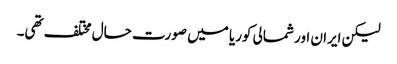
لیکن ایران اور شمالی کوریا میں صورت حال مختلف تھی۔